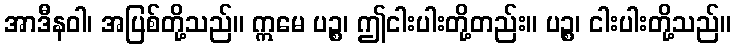
အာဒီနဝါ၊ အပြစ်တို့သည်။ ဣမေ ပဉ္စ၊ ဤငါးပါးတို့တည်း။ ပဉ္စ၊ ငါးပါးတို့သည်။